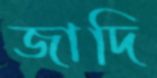
জাদি